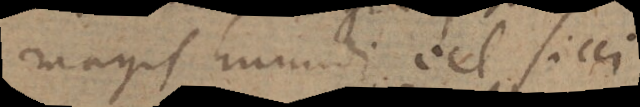
magis humidi vel sicci.